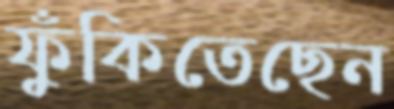
ফুঁকিতেছেন